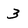
Character: 3